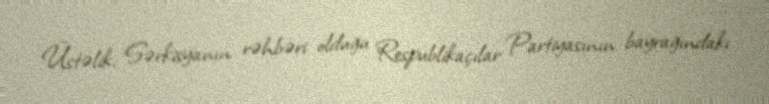
Üstəlik, Sərkisyanın rəhbəri olduğu Respublikaçılar Partiyasının bayrağındakı